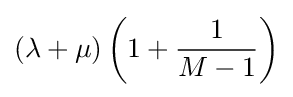
(\lambda +\mu )\left(1+{\frac {1}{M-1}}\right)